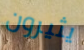
يثيرون